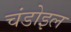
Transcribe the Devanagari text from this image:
चंडोइल